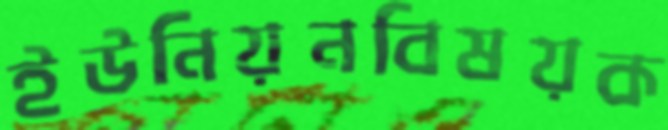
ইউনিয়নবিষয়ক